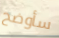
سأوضح